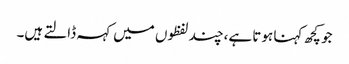
جو کچھ کہنا ہوتا ہے،چند لفظوں میں کہہ ڈالتے ہیں۔